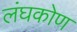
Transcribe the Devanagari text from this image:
लंघकोण